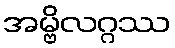
အမ္ဗိလဂ္ဂဿ